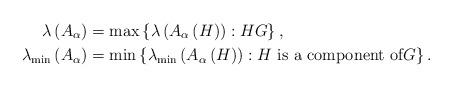
LaTeX: \begin{align*}\lambda\left( A_{\alpha}\right) & =\max\left\{ \lambda\left( A_{\alpha}\left( H\right) \right) :HG\right\} ,\\\lambda_{\min}\left( A_{\alpha}\right) & =\min\left\{ \lambda_{\min}\left( A_{\alpha}\left( H\right) \right) :H\text{ is a component of}G\right\} .\end{align*}